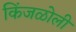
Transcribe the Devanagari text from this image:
किंजळोली